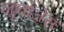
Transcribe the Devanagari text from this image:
जूनोज़ेस